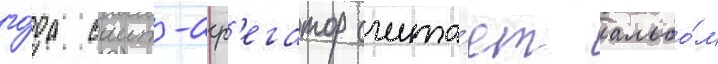
го́да саит-агр'егатор счита́ет альбо́м